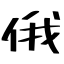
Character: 俄